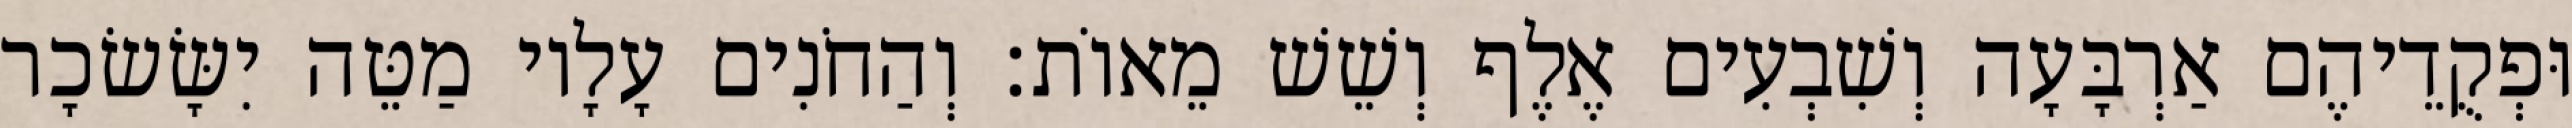
וּפְקֻדֵיהֶם אַרְבָּעָה וְשִׁבְעִים אֶלֶף וְשֵׁשׁ מֵאוֹת׃ וְהַחֹנִים עָלָיו מַטֵּה יִשָּׂשׂכָר